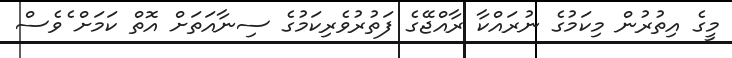
މީގެ އިތުރުން މިކަމުގެ ނުރައްކާ ރާއްޖޭގެ ފަތުރުވެރިކަމުގެ ސިނާއަތަށް އޮތް ކަމަށް ެވެސް